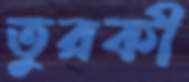
তুরকী